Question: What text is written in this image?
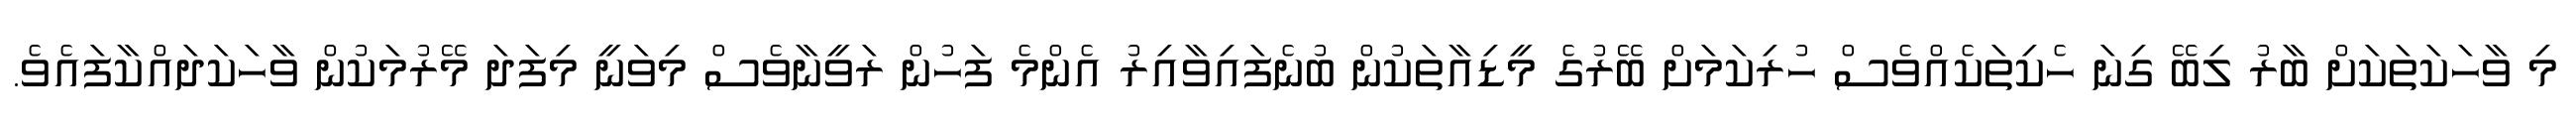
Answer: މި ވާހަކަތަކަށް ބާރު ލިބޭ ގިނަ ހެކިތަކެއްވެސް ހުރިކަމަށް ބޭރުގެ މީޑިއާތަކުން ބުނެފައިވާއިރު އެންމެ ފަހުން ރަވީނާވެސް މިވަނީ މިފަދަ މޭރުމަކުން ވާހަކަދައްކާފައެވެ.